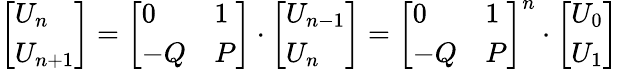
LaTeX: {\left[\begin{array}{l}{U_{n}}\\ {U_{n+1}}\end{array}\right]}={\left[\begin{array}{ll}{0}&{1}\\ {-Q}&{P}\end{array}\right]}\cdot{\left[\begin{array}{l}{U_{n-1}}\\ {U_{n}}\end{array}\right]}={\left[\begin{array}{ll}{0}&{1}\\ {-Q}&{P}\end{array}\right]}^{n}\cdot{\left[\begin{array}{l}{U_{0}}\\ {U_{1}}\end{array}\right]}